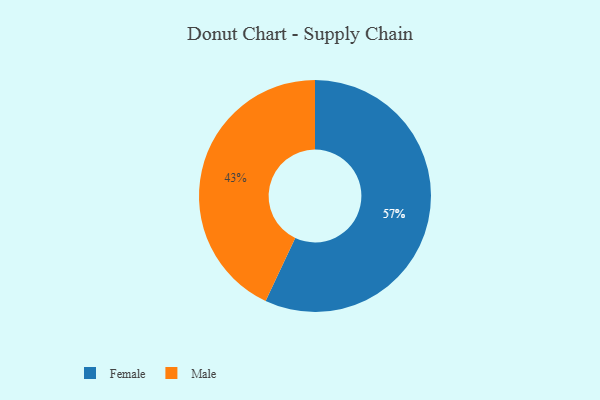
{"axis": {"x": "Category", "y": "Percentage"}, "legend": ["Female", "Male"], "data": [{"x": "Female", "y": 57, "type": "Female"}, {"x": "Male", "y": 43, "type": "Male"}]}